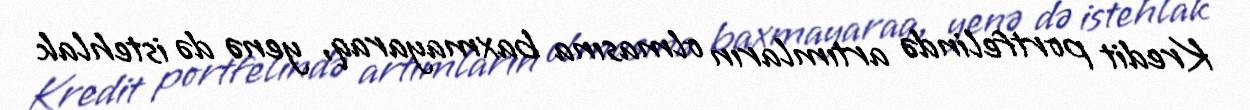
Kredit portfelində artımların olmasına baxmayaraq, yenə də istehlak